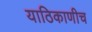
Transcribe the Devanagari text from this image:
याठिकाणीच